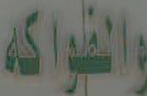
والفواكه